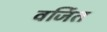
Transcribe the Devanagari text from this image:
वर्जित